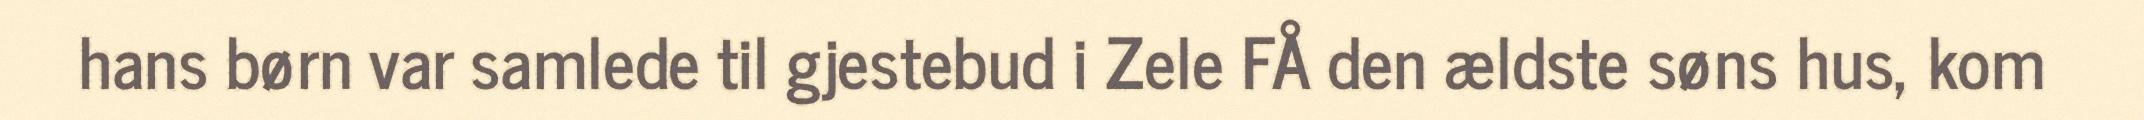
hans børn var samlede til gjestebud i Zele FÅ den ældste søns hus, kom